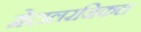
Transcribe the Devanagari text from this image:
मेटालरजिकल